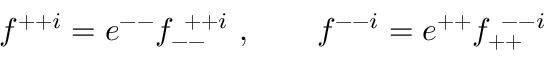
f ^ { + + i } = e ^ { -- } f _ { -- } ^ { ~ + + i } ~ , \qquad f ^ { -- i } = e ^ { + + } f _ { + + } ^ { ~ -- i }